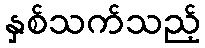
နှစ်သက်သည့်